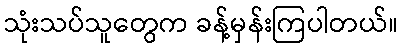
သုံးသပ်သူတွေက ခန့်မှန်းကြပါတယ်။